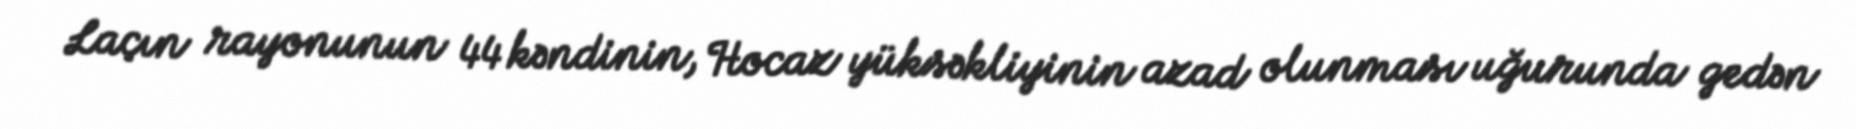
Laçın rayonunun 44 kəndinin, Hocaz yüksəkliyinin azad olunması uğurunda gedən